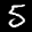
Label: 5